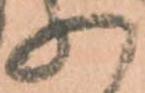
の